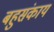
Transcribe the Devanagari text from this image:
बहुसंकाय